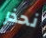
نحذر